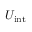
U _ { \mathrm { i n t } }